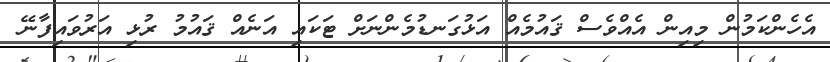
އެހެންކަމުން މިއިން އެއްވެސް ޤައުމެއް އަޅުގަނޑުމެންނަށް ޓަކައި އަނެއް ޤައުމު ރުޅި އަރުވައިފާނޭ